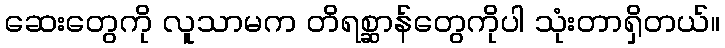
ဆေးတွေကို လူသာမက တိရစ္ဆာန်တွေကိုပါ သုံးတာရှိတယ်။